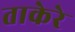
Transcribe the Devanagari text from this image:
ताकेरे